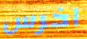
اخرس